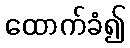
ထောက်ခံ၍